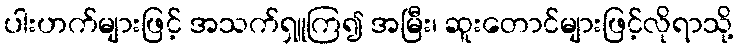
ပါးဟက်များဖြင့် အသက်ရှူကြ၍ အမြီး၊ ဆူးတောင်များဖြင့်လိုရာသို့